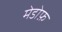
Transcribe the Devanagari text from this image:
मेडोफ़